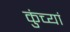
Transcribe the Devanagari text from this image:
कुंच्यां